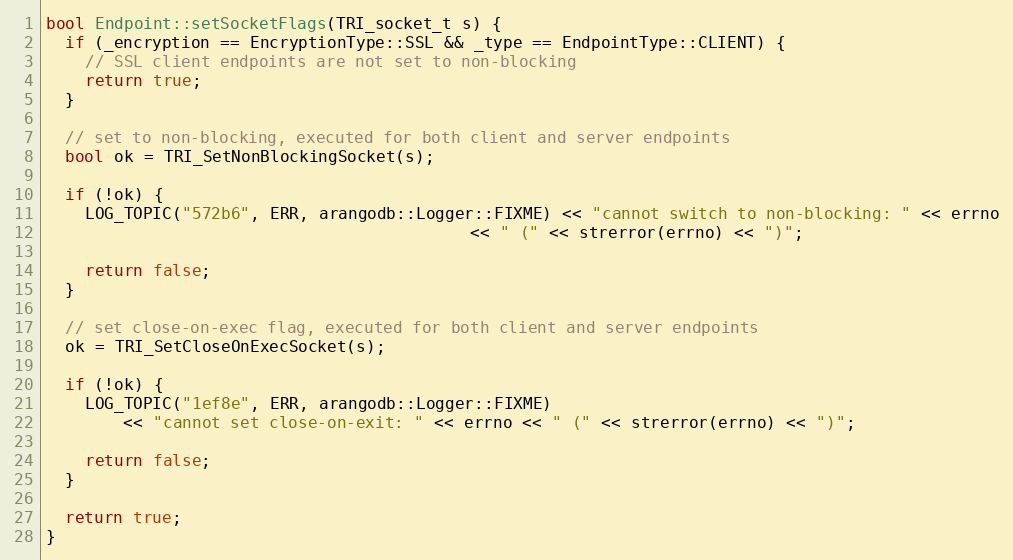
Language: C++
bool Endpoint::setSocketFlags(TRI_socket_t s) {
  if (_encryption == EncryptionType::SSL && _type == EndpointType::CLIENT) {
    // SSL client endpoints are not set to non-blocking
    return true;
  }

  // set to non-blocking, executed for both client and server endpoints
  bool ok = TRI_SetNonBlockingSocket(s);

  if (!ok) {
    LOG_TOPIC("572b6", ERR, arangodb::Logger::FIXME) << "cannot switch to non-blocking: " << errno
                                            << " (" << strerror(errno) << ")";

    return false;
  }

  // set close-on-exec flag, executed for both client and server endpoints
  ok = TRI_SetCloseOnExecSocket(s);

  if (!ok) {
    LOG_TOPIC("1ef8e", ERR, arangodb::Logger::FIXME)
        << "cannot set close-on-exit: " << errno << " (" << strerror(errno) << ")";

    return false;
  }

  return true;
}